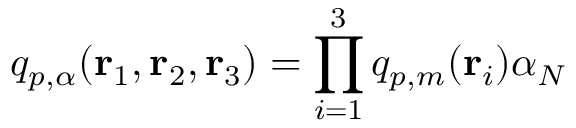
q _ { p , { \alpha } } ( { \bf r } _ { 1 } , { \bf r } _ { 2 } , { \bf r } _ { 3 } ) = \prod _ { i = 1 } ^ { 3 } q _ { p , m } ( { \bf r } _ { i } ) { \alpha } _ { N }